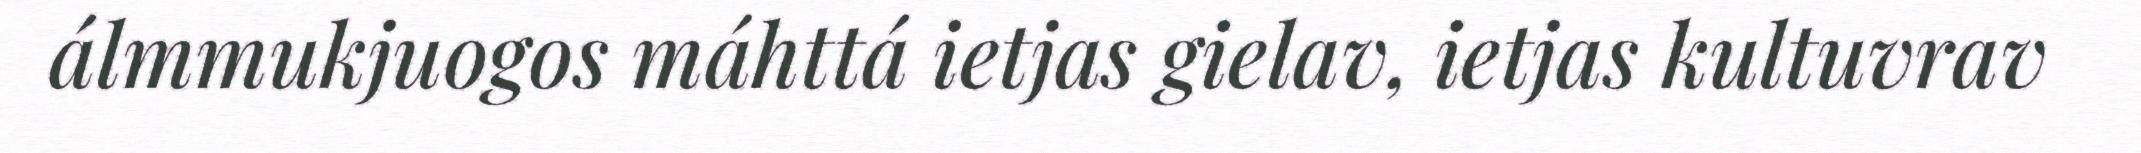
álmmukjuogos máhttá ietjas gielav, ietjas kultuvrav